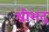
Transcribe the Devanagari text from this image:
श्रीभद्र